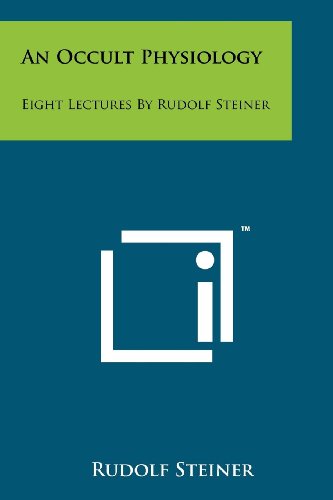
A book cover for An Occult Physiology: Eight Lectures By Rudolf Steiner; Rudolf Steiner; Literature & Fiction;